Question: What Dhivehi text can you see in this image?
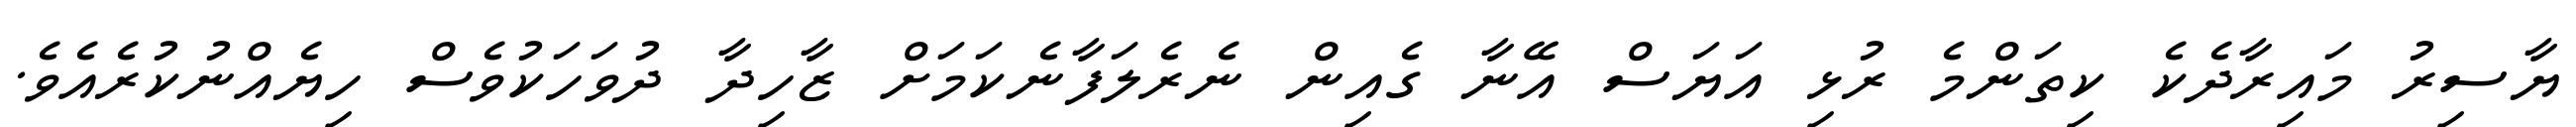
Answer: ޔާސިރު މައިރާދެކެ ކިތަންމެ ރުޅި އަޔަސް އޭނާ ގެއިން ނެރެލަފާނެކަމަށް ޒާހިދާ ދުވަހަކުވެސް ހިޔެއްނުކުރެއެވެ.